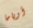
أوباما